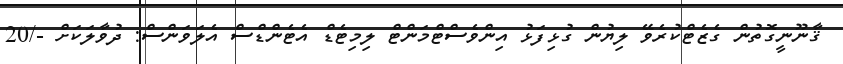
ޤާނޫނީގޮތުން ގެޒެޓްކުރެވޭ ލިޔުން ގުޅިފަޅު އިންވެސްޓްމަންޓް ލިމިޓެޑް އެޓެންޑްސް އެލަވަންސް: ދުވާލަކަށް -/20